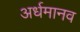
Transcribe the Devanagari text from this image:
अर्धमानव